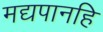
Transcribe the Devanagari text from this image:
मद्यपानहि